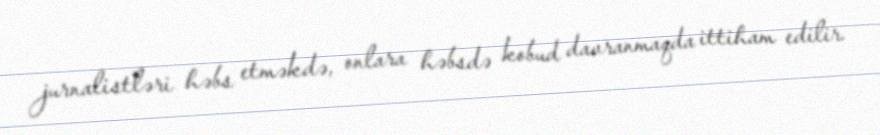
jurnalistləri həbs etməkdə, onlara həbsdə kobud davranmaqda ittiham edilir.